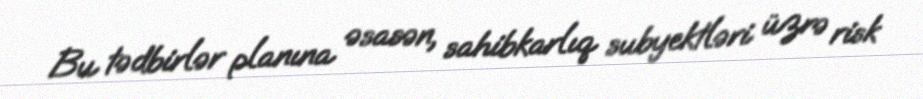
Bu tədbirlər planına əsasən, sahibkarlıq subyektləri üzrə risk